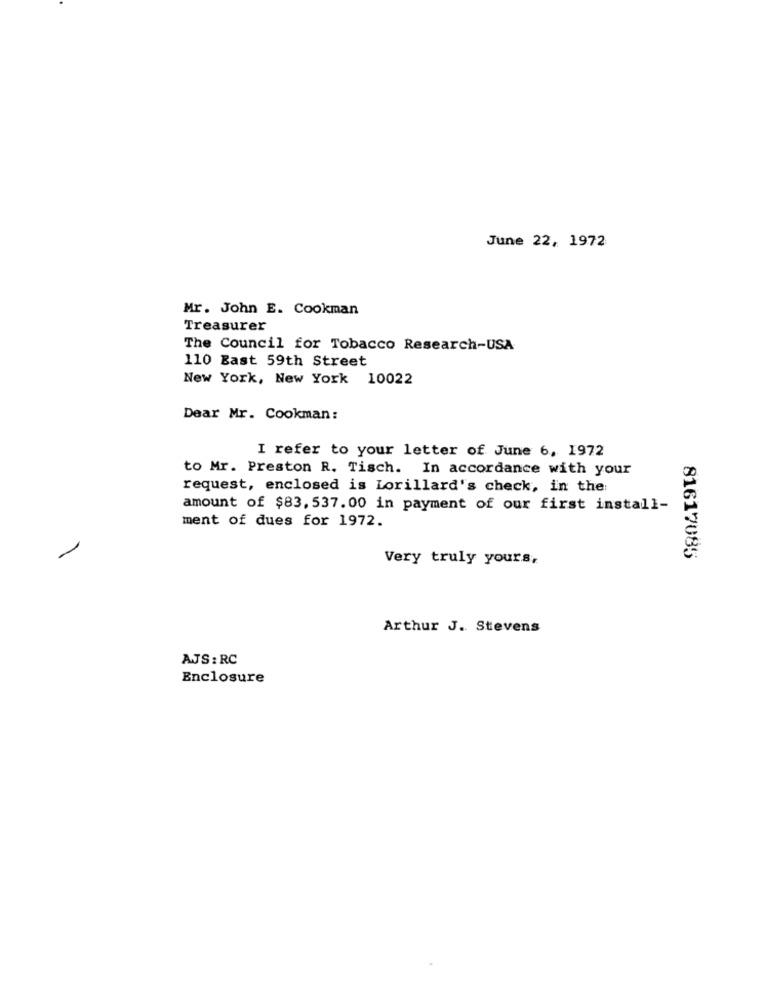
June 22, 1972
Mr. John E. Cookman
Treasurer
The Council for Tobacco Research-USA
110 East 59th Street
New York, New York 10022
Dear Mr. Cookman:
I refer to your letter of June 6, 1972
to Mr. Preston R. Tisch. In accordance with your
request, enclosed is Lorillard's check, in the:
amount of $83, 537.00 in payment of our first install-
ment of dues for 1972.
81617085
Very truly yours,
Arthur J. Stevens
AJS : RC
Enclosure